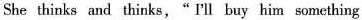
She thinks and thinks," I'll buy him something